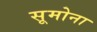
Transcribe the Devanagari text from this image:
सूमोना